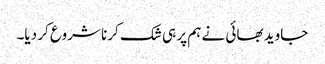
جاوید بھائی نے ہم پر ہی شک کرنا شروع کر دیا۔